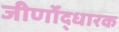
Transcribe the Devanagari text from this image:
जीर्णोद्धारक